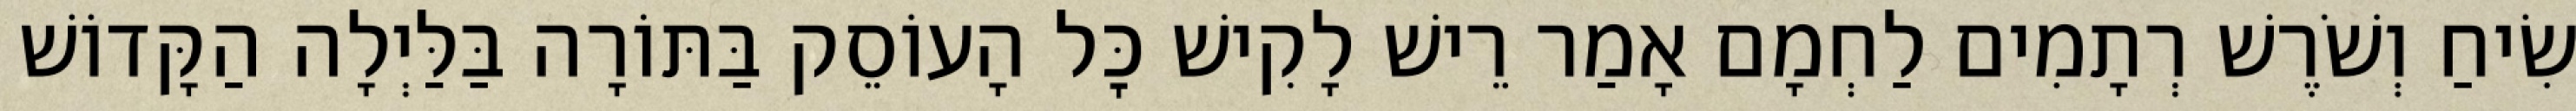
שִׂיחַ וְשֹׁרֶשׁ רְתָמִים לַחְמָם אָמַר רֵישׁ לָקִישׁ כׇּל הָעוֹסֵק בַּתּוֹרָה בַּלַּיְלָה הַקָּדוֹשׁ